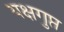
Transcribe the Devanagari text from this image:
यक्षगुप्त